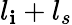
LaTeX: l_{\mathbf{i}}+l_{s}